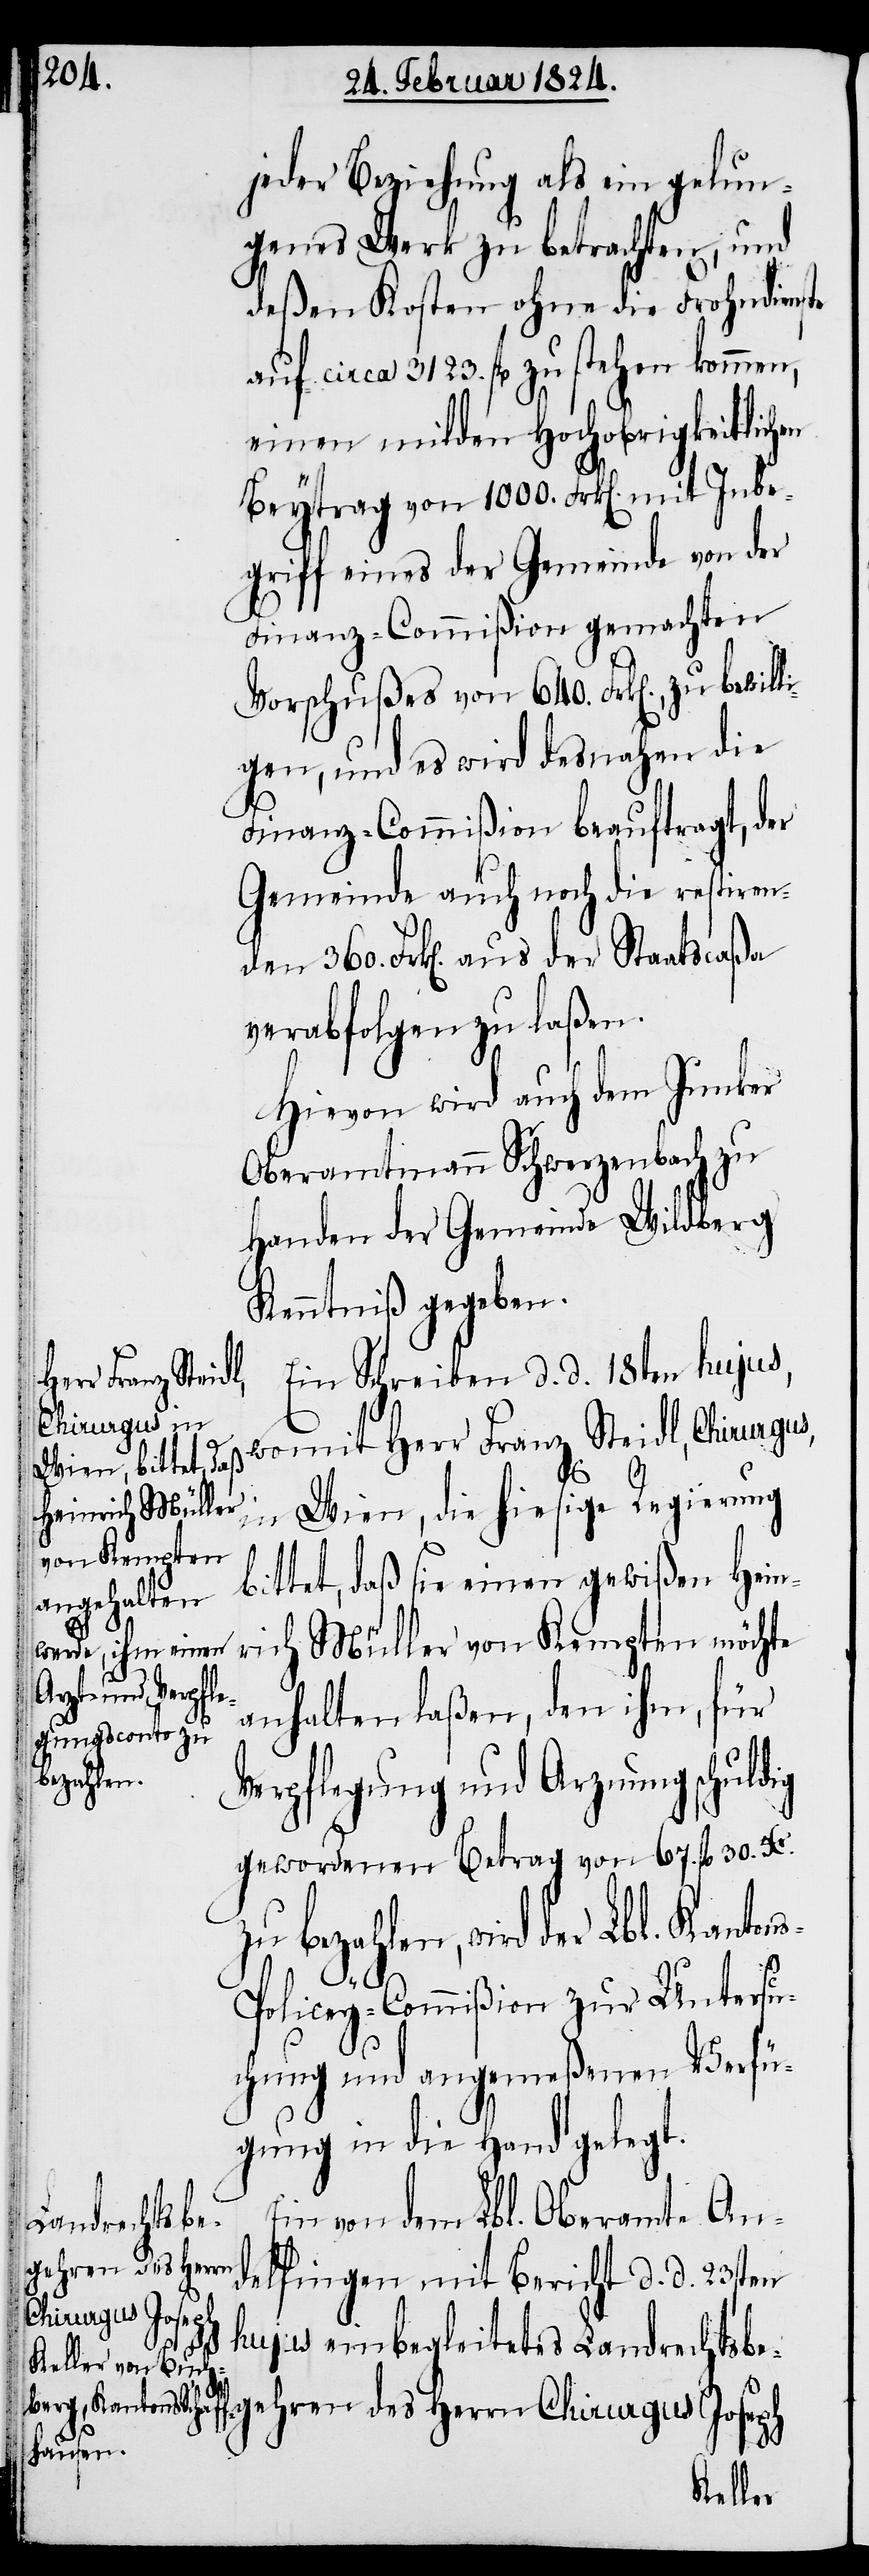
jeder Beziehung als ein gelun¬
genes Werk zu betrachten, und
deßen Kosten ohne die Frohndienste
auf circa 3123. fl. zu stehen kommen,
einen milden Hochobrigkeitlichen
l¬
Beytrag von 1000. Frk[en]. mit Inbe¬
griff eines der Gemeinde von der
Finanz-Commißion gemachten
Vorschußes von 640. Frk[en]., zu bewil¬
igen, und es wird desnahen die
Finanz-Commißion beauftragt, der
Gemeinde auch noch die restiren¬
den 360. Frk[en]. aus der Staatscaßa
verabfolgen zu laßen.
Hievon wird auch dem Junker
Oberamtmann Schwerzenbach zu
Handen der Gemeinde Wildberg
Kenntniß gegeben.
Ein Schreiben d. d. 18ten hujus,
womit Herr Franz Steidl, Chirurgus
Wien, die hiesige Regierung
einrich Müller
in
von Kempten
bittet, daß sie einen gewißen H¬
anhalten laßen, den ihn, für
Verpflegung und Arznung schuldig
gewordenen Betrag von 67. fl. 30. Xr.
bezahlen, wird der Lbl. Kanton¬
s-Policey-Commißion zur Untersu¬
chung und angemeßenen Verfü¬
gung in die Hand gelegt.
Ein von dem Lbl. Oberamt-An¬
gehren des Herrn
delfingen mit Bericht d. d. 23sten
Chirurgus Joseph
hujus einbegleitetes Landrechtsbe¬